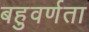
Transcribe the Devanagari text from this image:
बहुवर्णता